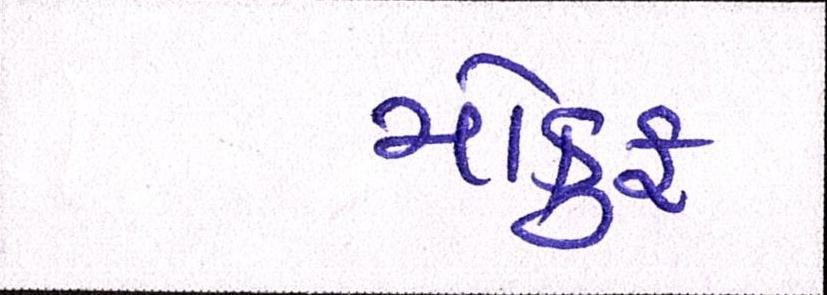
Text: મોકુફ